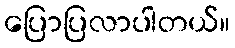
ပြောပြလာပါတယ်။